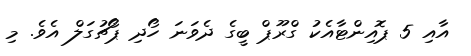
އާއި 5 ޕޮއިންޓާއެކު ގްރޫޕް ބީގެ ދެވަނަ ހޯދި ޕޯޗުގަލް އެވެ. މި